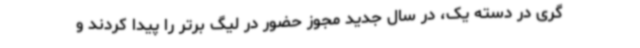
گری در دسته یک، در سال جدید مجوز حضور در لیگ برتر را پیدا کردند و